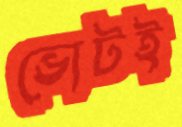
ভোটই